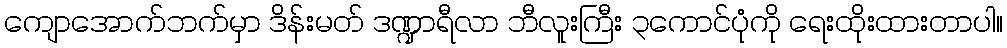
ကျောအောက်ဘက်မှာ ဒိန်းမတ် ဒဏ္ဍာရီလာ ဘီလူးကြီး ၃ကောင်ပုံကို ရေးထိုးထားတာပါ။